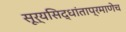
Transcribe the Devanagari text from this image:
सूर्यसिद्धांताप्रमाणेच